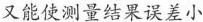
又能使测量结果误差小